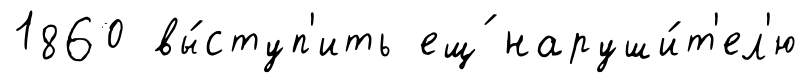
1860 вы́ступ'ить ещ́ наруши́т'ел'ю